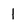
Character: 1